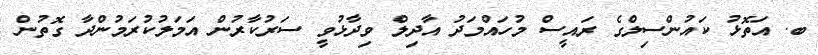
ބ. އަތޮޅު ކައުންސިލްގެ ރައީސް މުހައްމަދު އާދިލް ވިދާޅުވީ ސަރުކާރުން އަމަލުކުރަމުންދާ ގޮތުން